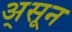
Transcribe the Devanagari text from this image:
अ्सून